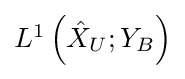
{\textstyle L^{1}\left({\hat {X}}_{U};Y_{B}\right)}